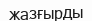
жазғырды